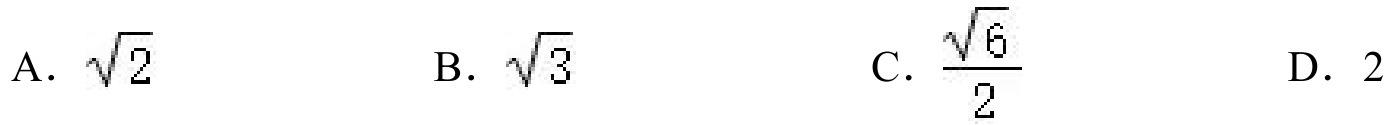
A. \(\sqrt{2}\)  B. \(\sqrt{3}\)  C. \(\frac{\sqrt{6}}{2}\)  D. \(2\)